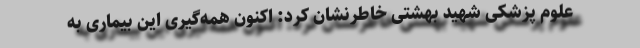
علوم پزشکی شهید بهشتی خاطرنشان کرد: اکنون همه‌گیری این بیماری به